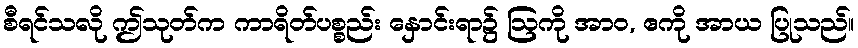
စီရင်သလို ဤသုတ်က ကာရိတ်ပစ္စည်း နှောင်းရာ၌ ဩကို အာဝ, ဧကို အာယ ပြုသည်။